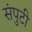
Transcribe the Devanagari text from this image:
संपुटी